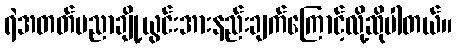
ရဲအတတ်ပညာချို့ယွင်းအားနည်းချက်ကြောင့်လို့ဆိုပါတယ်။